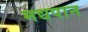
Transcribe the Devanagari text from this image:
मद्यपान